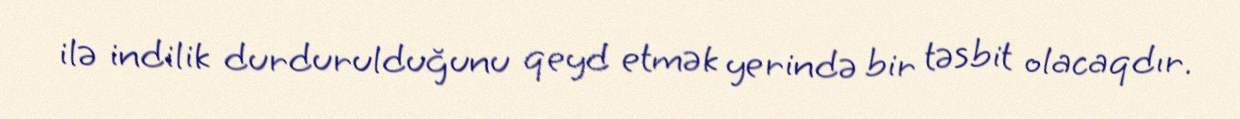
ilə indilik durdurulduğunu qeyd etmək yerində bir təsbit olacaqdır.